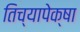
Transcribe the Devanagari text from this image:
तिच्यापेक्षा